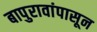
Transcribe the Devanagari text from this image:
बापुरावांपासून